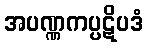
အပဏ္ဏကပ္ပဋိပဒံ